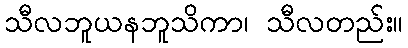
သီလဘူယနဘူသိကာ၊ သီလတည်း။